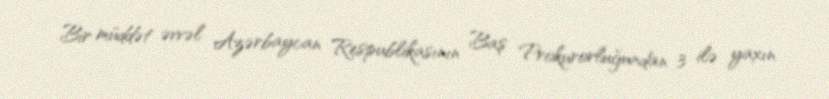
Bir müddət əvvəl Azərbaycan Respublikasının Baş Prokurorluğundan 3 ilə yaxın